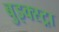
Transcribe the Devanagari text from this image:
बुइक्स्ट्रा